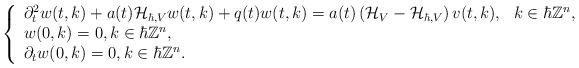
LaTeX: \begin{align*}\left\{\begin{array}{ll}\partial^{2}_{t}w(t,k)+a(t)\mathcal{H}_{\hbar,V}w(t,k)+q(t) w(t,k)=a(t)\left(\mathcal{H}_{V}-\mathcal{H}_{\hbar,V}\right)v(t,k),~~ k\in\hbar\mathbb{Z}^{n},\\w(0,k)=0,k\in\hbar\mathbb{Z}^{n},\\\partial_{t}w(0,k)=0,k\in\hbar\mathbb{Z}^{n}. \end{array}\right.\end{align*}